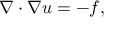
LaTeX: \nabla \cdot \nabla u = - f ,